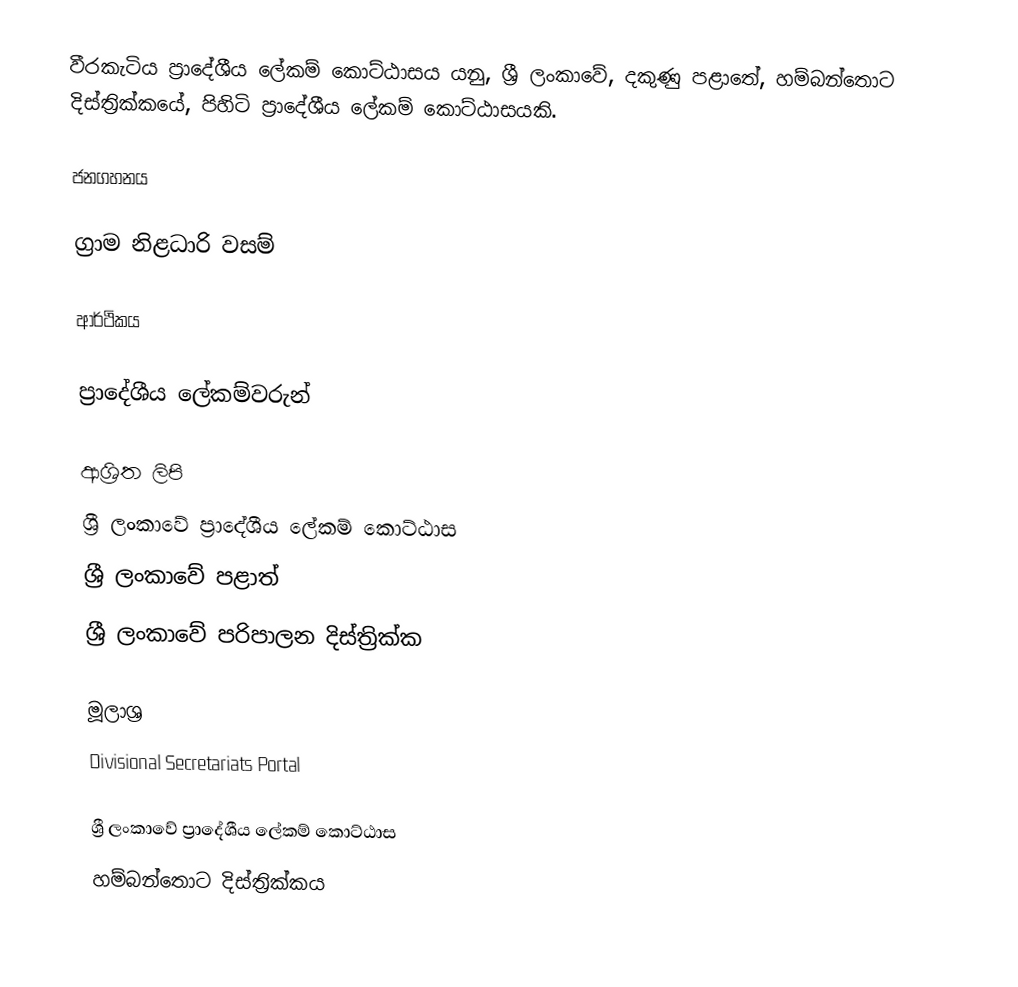
වීරකැටිය ප්‍රාදේශීය ලේකම් කොට්ඨාසය යනු,  ශ්‍රී ලංකාවේ, දකුණු පළාතේ,   හම්බන්තොට දිස්ත්‍රික්කයේ, පිහිටි ප්‍රාදේශීය ලේකම් කොට්ඨාසයකි.

ජනගහනය

ග්‍රාම නිළධාරි වසම්

ආර්ථිකය

ප්‍රාදේශීය ලේකම්වරුන්

ආශ්‍රිත ලිපි
ශ්‍රී ලංකාවේ ප්‍රාදේශීය ලේකම් කොට්ඨාස
ශ්‍රී ලංකාවේ පළාත්
ශ්‍රී ලංකාවේ පරිපාලන දිස්ත්‍රික්ක

මූලාශ්‍ර
 Divisional Secretariats Portal

ශ්‍රී ලංකාවේ ප්‍රාදේශීය ලේකම් කොට්ඨාස
හම්බන්තොට දිස්ත්‍රික්කය